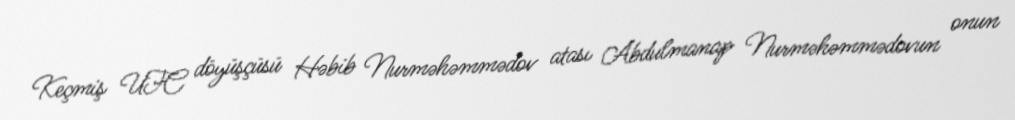
Keçmiş UFC döyüşçüsü Həbib Nurməhəmmədov atası Abdulmanap Nurməhəmmədovun onun